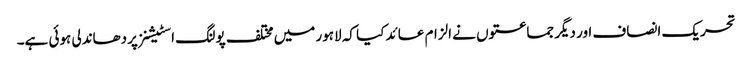
تحریک انصاف اور دیگر جماعتوں نے الزام عائد کیا کہ لاہور میں مختلف پولنگ اسٹیشنز پردھاندلی ہوئی ہے۔